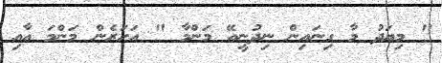
" މިޔަދު މާ ގިނައިން ނިދުނީއޭ މަންމާ " އަހަރެން މަންމަ އާއި